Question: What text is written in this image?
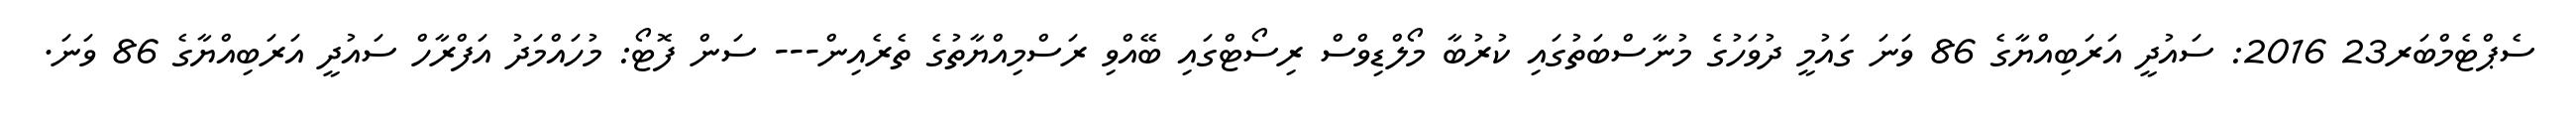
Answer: ސެޕްޓެމްބަރ23 2016: ސައުދީ އަރަބިއްޔާގެ 86 ވަނަ ގައުމީ ދުވަހުގެ މުނާސްބަތުގައި ކުރުބާ މޯލްޑިވްސް ރިސޯޓްގައި ބޭއްވި ރަސްމިއްޔާތުގެ ތެރެއިން--- ސަން ފޮޓޯ: މުހައްމަދު އަފްރާހް ސައުދީ އަރަބިއްޔާގެ 86 ވަނަ.